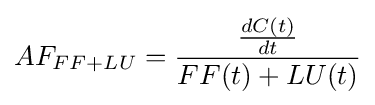
AF_{FF+LU}={\frac {\frac {dC(t)}{dt}}{FF(t)+LU(t)}}